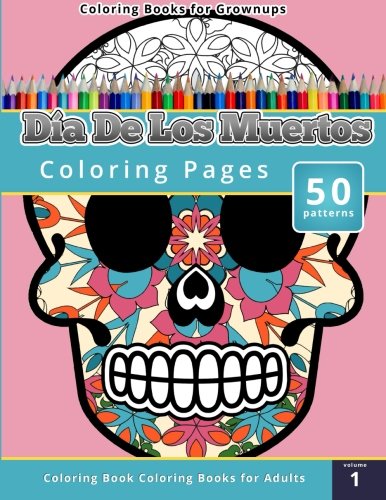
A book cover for Coloring Books for Grownups: Dia de los Muertos; Chiquita Publishing; Humor & Entertainment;